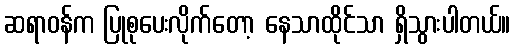
ဆရာဝန်က ပြုစုပေးလိုက်တော့ နေသာထိုင်သာ ရှိသွားပါတယ်။